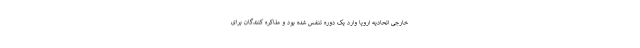
خارجی اتحادیه اروپا وارد یک دوره تنفس شده بود و مذاکره کنندگان برای